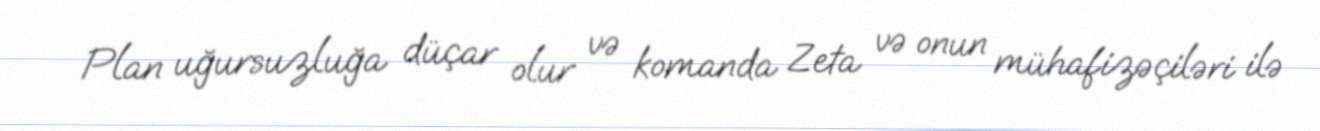
Plan uğursuzluğa düçar olur və komanda Zeta və onun mühafizəçiləri ilə